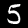
Label: 5